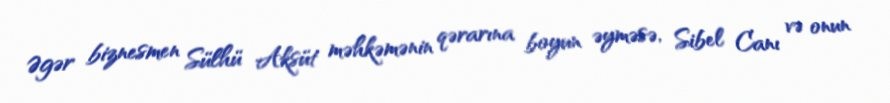
Əgər biznesmen Sülhü Aksüt məhkəmənin qərarına boyun əyməsə, Sibel Canı və onun